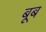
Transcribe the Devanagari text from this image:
बूब